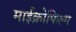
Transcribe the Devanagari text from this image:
माईक्रोफिल्म